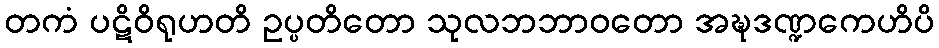
တကံ ပဋိဝိရုဟတိ ဥပ္ပတိတော သုလဘဘာဝတော အဍ္ဎဒဏ္ဍကေဟိပိ